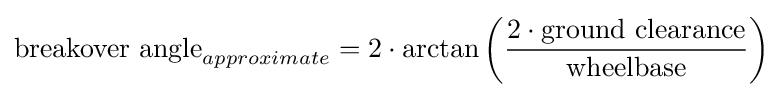
{\text{breakover angle}}_{approximate}=2\cdot \arctan \left({\frac {2\cdot {\text{ground clearance}}}{\text{wheelbase}}}\right)